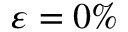
\varepsilon = 0 \%